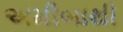
અમીબાથી